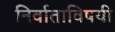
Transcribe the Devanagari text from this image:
निर्वाताविषयी